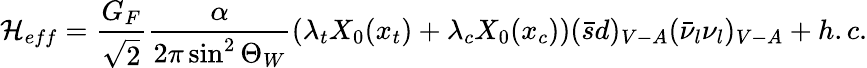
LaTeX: {\cal H}_{eff}=\frac{G_{F}}{\sqrt{2}}\frac{\alpha}{2\pi\sin^{2}\Theta_{W}}\left(\lambda_{t}X_{0}(x_{t})+\lambda_{c}X_{0}(x_{c})\right)(\bar{s}d)_{V-A}(\bar{\nu}_{l}\nu_{l})_{V-A}+h.c.